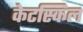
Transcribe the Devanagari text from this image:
केटस्किल